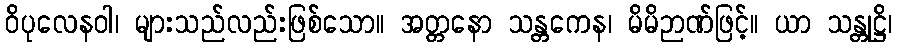
ဝိပုလေနဝါ၊ များသည်လည်းဖြစ်သော။ အတ္တနော သန္တကေန၊ မိမိဉာဏ်ဖြင့်။ ယာ သန္တုဋ္ဌိ၊